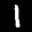
Label: 1